Leaving Certificate Examination (including Day School Certificate (Higher) General paper), 1932
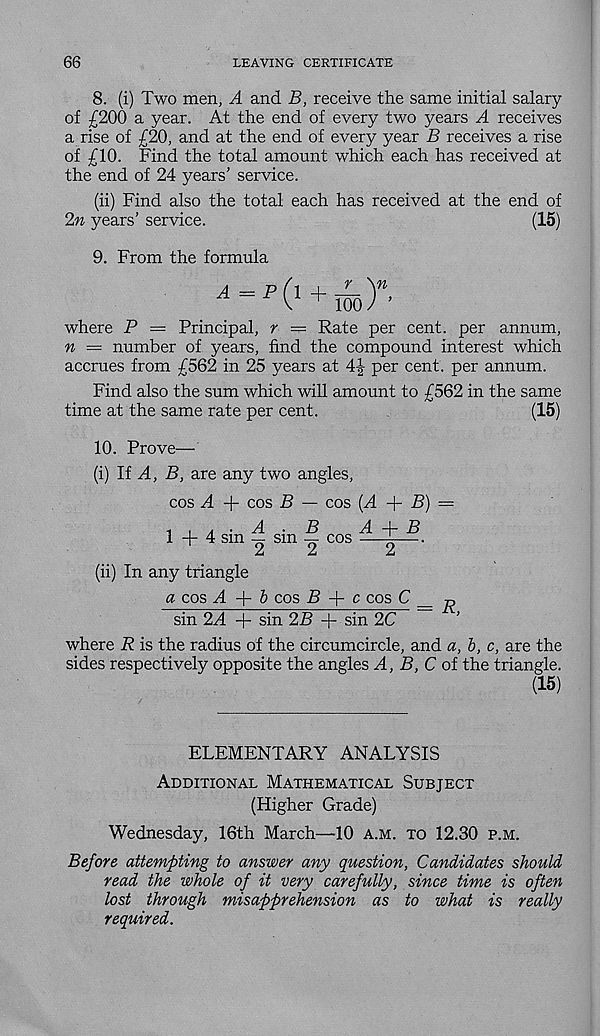
66
LEAVING CERTIFICATE
8. (i) Two men, A and B, receive the same initial salary
of £200 a year. At the end of every two years A receives
a rise of £20, and at the end of every year B receives a rise
of £10. Find the total amount which each has received at
the end of 24 years’ service.
(ii) Find also the total each has received at the end of
2n years’ service.
(15)
9. From the formula
where P = Principal, r — Rate per cent, per annum,
n = number of years, find the compound interest which
accrues from £562 in 25 years at 4| per cent, per annum.
Find also the sum which will amount to £562 in the same
time at the same rate per cent.
10. Prove—
(i) It A, B, are any two angles.
(15)
cos A + cos B — cos {A -\-B) —
(ii) In any triangle
a cos A + & cos B -p c cos C _ „
sin 2A + sin 2B + sin 2C
where R is the radius of the circumcircle, and a, b, c, are the
sides respectively opposite the angles A, B, C of the triangle.
(15)
ELEMENTARY ANALYSIS
Additional Mathematical Subject
(Higher Grade)
Wednesday, 16th March—10 a.m. to 12.30 p.m.
Before attempting to answer any question, Candidates should
read the whole of it very carefully, since time is often
lost through misapprehension as to what is really
required.